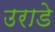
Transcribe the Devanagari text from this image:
उराडे